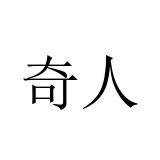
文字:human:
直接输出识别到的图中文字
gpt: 奇人